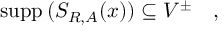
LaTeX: \mathrm { s u p p } \, ( S _ { R , A } ( x ) ) \subseteq V ^ { \pm } \quad ,